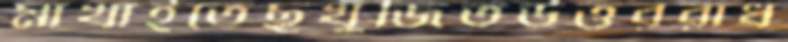
মাখাইতেছখুঁজিতউত্তররাধ